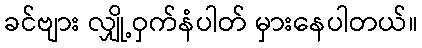
ခင်ဗျား လျှို့ဝှက်နံပါတ် မှားနေပါတယ်။